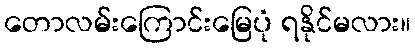
တောလမ်းကြောင်းမြေပုံ ရနိုင်မလား။